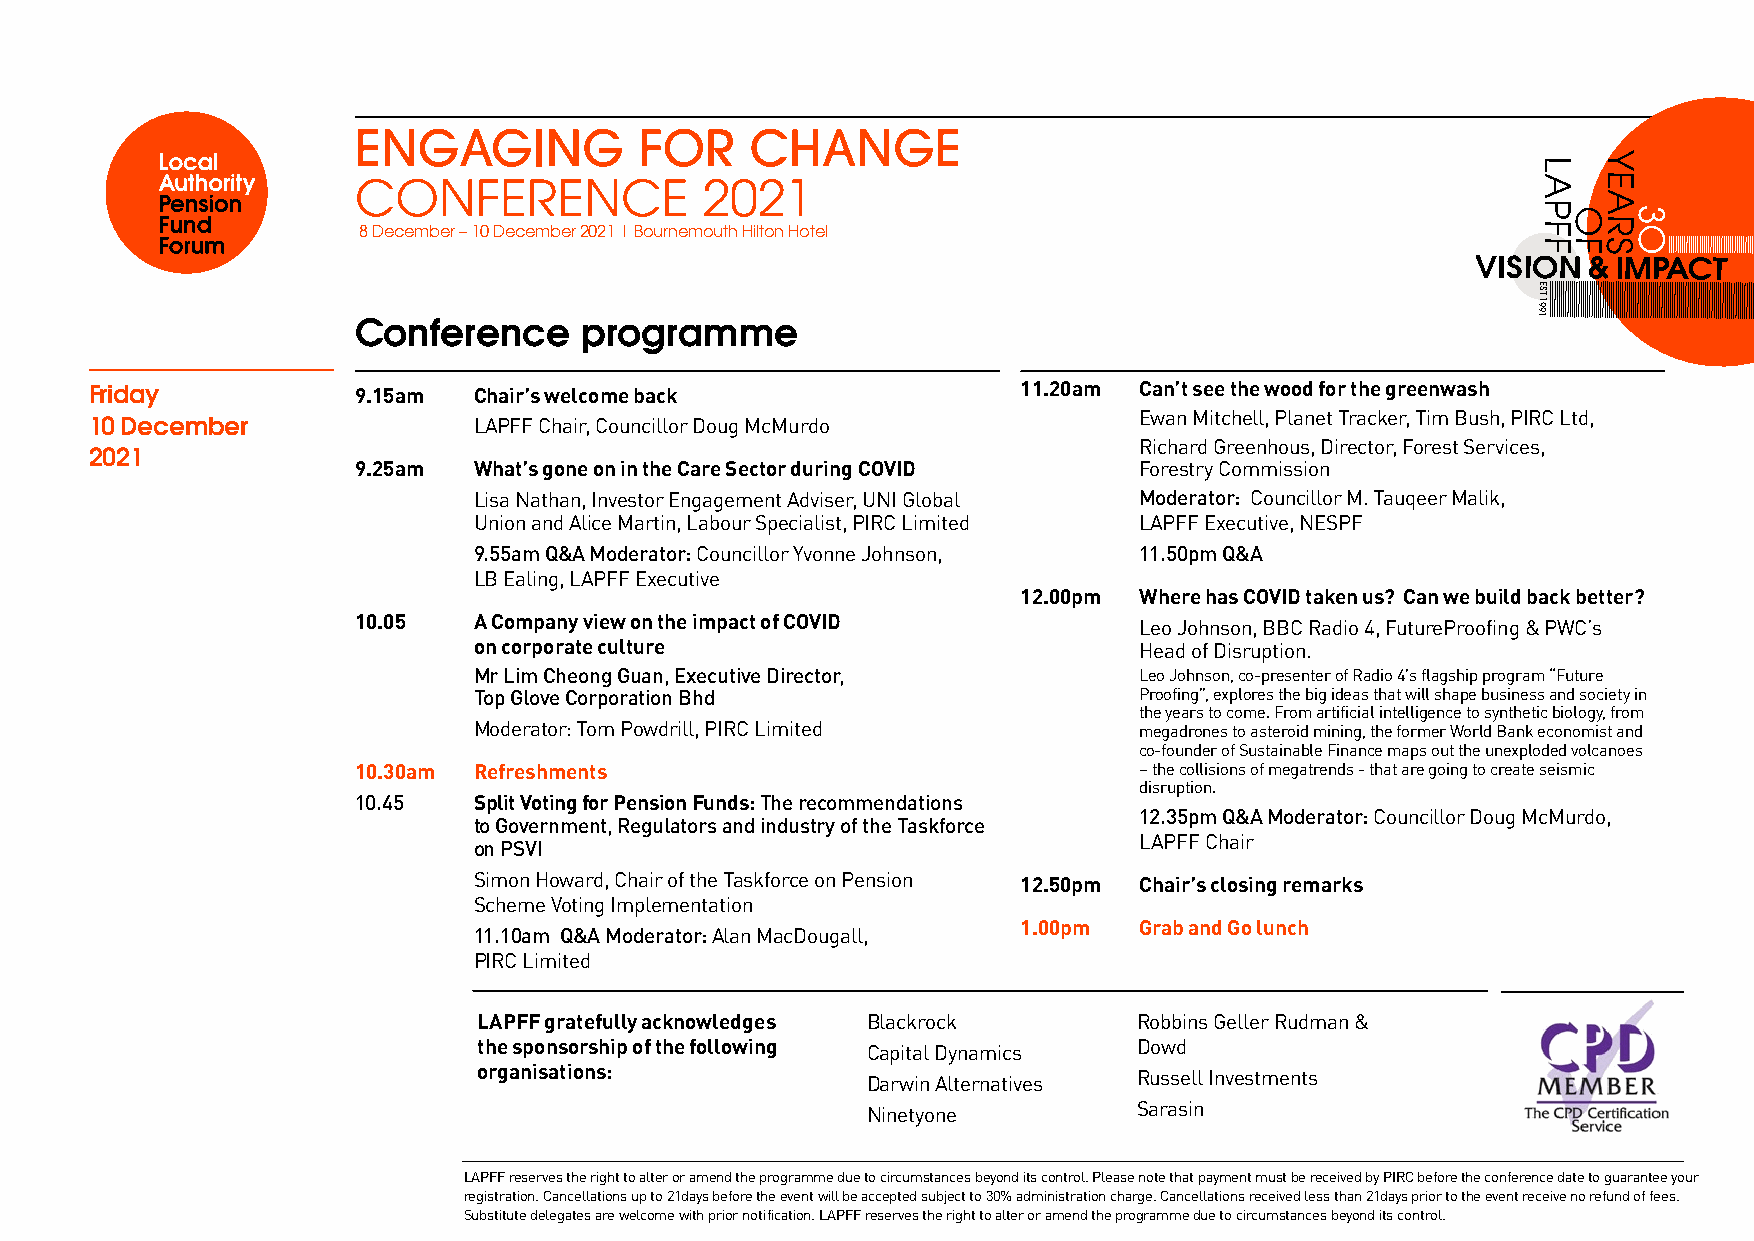
ENGAGING           FOR     CHANGE
 Y
 L
 CONFERENCE              2021                                                   A   E
 A
 P O   3
 8 December – 10 December 2021 | Bournemouth Hilton Hotel                      F   R O
 FFS
 Conference      programme
 1991
 TSE
 Friday           9 .15am Chair’s welcome back                 11.20am Can’t see the wood for the greenwash
 Ewan Mitchell, Planet Tracker, Tim Bush, PIRC Ltd,
 10 December              LAPFF Chair, Councillor Doug McMurdo
 Richard Greenhous, Director, Forest Services,
 2021
 9.25am  What’s gone on in the Care Sector during COVID Forestry Commission
 Lisa Nathan, Investor Engagement Adviser, UNI Global Moderator: Councillor M. Tauqeer Malik,
 Union and Alice Martin, Labour Specialist, PIRC Limited LAPFF Executive, NESPF
 9.55am Q&A Moderator: Councillor Yvonne Johnson, 11.50pm Q&A
 LB Ealing, LAPFF Executive
 12.00pm Where has COVID taken us? Can we build back better?
 10.05   A Company view on the impact of COVID       Leo Johnson, BBC Radio 4, FutureProofing & PWC’s
 on corporate culture                        Head of Disruption.
 Mr Lim Cheong Guan, Executive Director,     Leo Johnson, co-presenter of Radio 4’s flagship program “Future
 Top Glove Corporation Bhd                   Proofing”, explores the big ideas that will shape business and society in
 the years to come. From artificial intelligence to synthetic biology, from
 Moderator: Tom Powdrill, PIRC Limited       megadrones to asteroid mining, the former World Bank economist and
 co-founder of Sustainable Finance maps out the unexploded volcanoes
 10.30am Refreshments                                – the collisions of megatrends - that are going to create seismic
 disruption.
 10.45   Split Voting for Pension Funds: The recommendations
 12.35pm Q&A Moderator: Councillor Doug McMurdo,
 to Government, Regulators and industry of the Taskforce
 LAPFF Chair
 on PSVI
 Simon Howard, Chair of the Taskforce on Pension 12.50pm Chair’s closing remarks
 Scheme Voting Implementation
 1.00pm Grab and Go lunch
 11.10am Q&A Moderator: Alan MacDougall,
 PIRC Limited
 LAPFF gratefully acknowledges Blackrock    Robbins Geller Rudman &
 the sponsorship of the following Capital Dynamics Dowd
 organisations:           Darwin Alternatives Russell Investments
 Ninetyone         Sarasin
 LAPFF reserves the right to alter or amend the programme due to circumstances beyond its control. Please note that payment must be received by PIRC before the conference date to guarantee your
 registration. Cancellations up to 21days before the event will be accepted subject to 30% administration charge. Cancellations received less than 21days prior to the event receive no refund of fees.
 Substitute delegates are welcome with prior notification. LAPFF reserves the right to alter or amend the programme due to circumstances beyond its control.